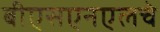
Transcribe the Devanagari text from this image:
बीएसएनएलचे